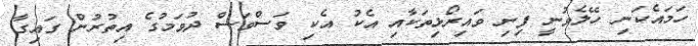
ހަމައެކަނި ހޭލެވުނީ ފިނި ވައިރޯޅިތަކާއި އެކު އެކި ވަސްވަސް ދުވަމުގެ އިތުރުން ގައިގާ